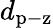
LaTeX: d_{\mathrm{p-z}}